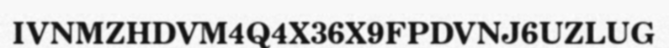
IVNMZHDVM4Q4X36X9FPDVNJ6UZLUG